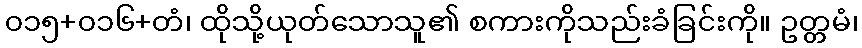
၀၁၅+၀၁၆+တံ၊ ထိုသို့ယုတ်သောသူ၏ စကားကိုသည်းခံခြင်းကို။ ဥတ္တမံ၊